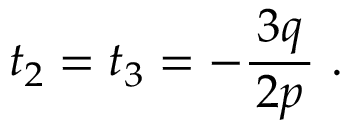
t _ { 2 } = t _ { 3 } = - { \frac { \, 3 q \, } { 2 p } } ~ .